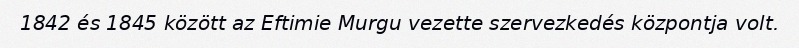
1842 és 1845 között az Eftimie Murgu vezette szervezkedés központja volt.